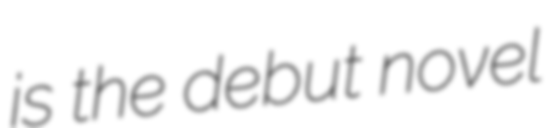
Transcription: is the debut novel